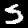
Label: 5